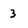
Character: 3